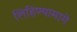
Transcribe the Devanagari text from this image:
लिहिण्यामागे